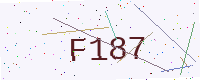
Text: F187